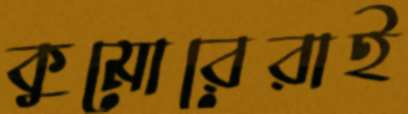
কুমোরেরাই